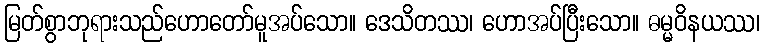
မြတ်စွာဘုရားသည်ဟောတော်မူအပ်သော။ ဒေသိတဿ၊ ဟောအပ်ပြီးသော။ ဓမ္မဝိနယဿ၊